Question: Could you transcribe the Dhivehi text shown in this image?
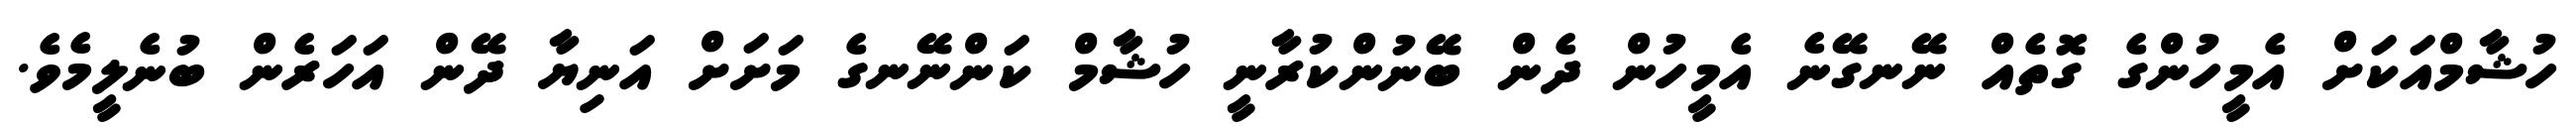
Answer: ހުޝާމްއަކަށް އެމީހުންގެ ގޮތެއް ނޭނގޭނެ އެމީހުން ދެން ބޭނުންކުރާނީ ހުޝާމް ކަންނޭނގެ މަށަށް އަނިޔާ ދޭން އަހަރެން ބުނެލީމެވެ.